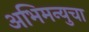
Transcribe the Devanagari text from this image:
अभिमन्युचा